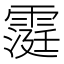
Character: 𮦧